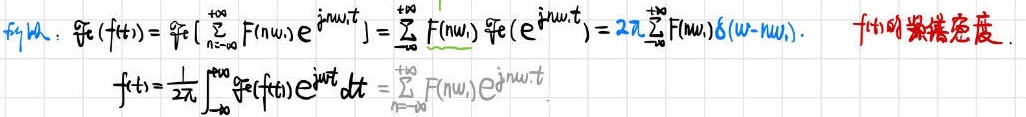
\[
\begin{align*}
&\text{证明：}\mathcal{F}_t(f(t)) = \mathcal{F}_t\left[\sum_{n = -\infty}^{+\infty}F(n\omega_s)e^{jn\omega_st}\right]=\sum_{n = -\infty}^{+\infty}F(n\omega_s)\mathcal{F}_t\left(e^{jn\omega_st}\right)=2\pi\sum_{n = -\infty}^{+\infty}F(n\omega_s)\delta(\omega - n\omega_s).\quad f(t)\text{的频谱密度}.\\
&f(t)=\frac{1}{2\pi}\int_{-\infty}^{+\infty}\mathcal{F}_t(f(t))e^{j\omega t}d\omega=\sum_{n = -\infty}^{+\infty}F(n\omega_s)e^{jn\omega_st}
\end{align*}
\]